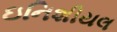
ઇનિશીયલ